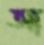
আ